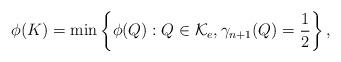
LaTeX: \begin{align*}\phi(K)=\min \left\{\phi(Q):Q\in \mathcal{K}_e,\gamma_{n+1}(Q)=\frac{1}{2}\right\},\end{align*}